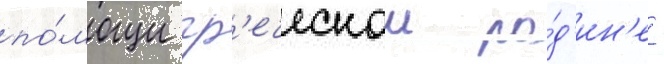
по́мощи гр'еческои ро́д'ин'е -